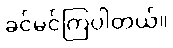
ခင်မင်ကြပါတယ်။